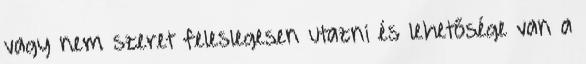
vagy nem szeret feleslegesen utazni és lehetősége van a